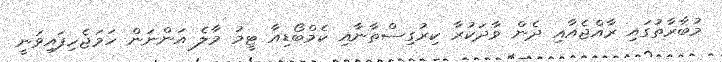
މުބާރާތުގައި ރާއްޖެއާއި ދެން ވާދަކުރާ ކިރުގިސްތާނާއި ކެމްބޯޑިއާ ޓީމު މާލެ އަންނަން ހަމަޖެހިފައިވަނީ